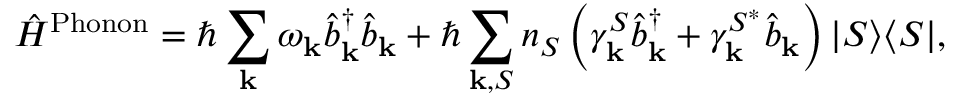
\hat { H } ^ { \mathrm { P h o n o n } } = \hbar \sum _ { \mathbf { k } } \omega _ { \mathbf { k } } \hat { b } _ { \mathbf { k } } ^ { \dagger } \hat { b } _ { \mathbf { k } } + \hbar \sum _ { { \mathbf { k } } , S } n _ { S } \left( \gamma _ { \mathbf { k } } ^ { S } \hat { b } _ { \mathbf { k } } ^ { \dagger } + \gamma _ { \mathbf { k } } ^ { S ^ { * } } \hat { b } _ { \mathbf { k } } \right) \vert S \rangle \langle S \vert ,